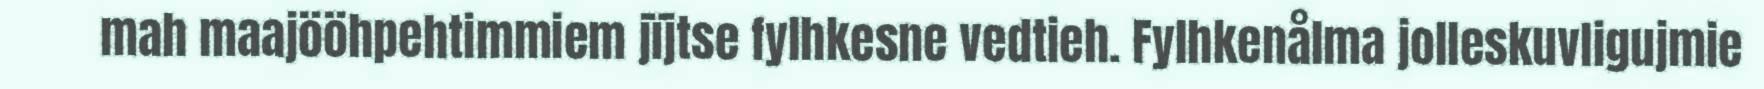
mah maajööhpehtimmiem jïjtse fylhkesne vedtieh. Fylhkenålma jolleskuvligujmie